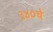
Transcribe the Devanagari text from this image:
३४०चे